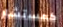
كمستشار